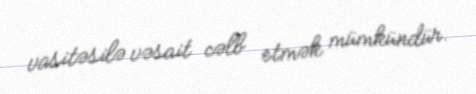
vasitəsilə vəsait cəlb etmək mümkündür.